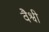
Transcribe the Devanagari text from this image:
वैश्वी